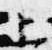
上